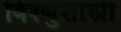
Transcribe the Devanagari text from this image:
विश्णुशास्त्री